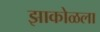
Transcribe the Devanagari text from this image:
झाकोळला